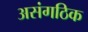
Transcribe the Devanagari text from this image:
असंगठिक